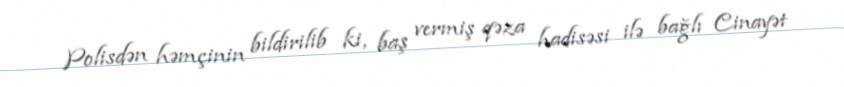
Polisdən həmçinin bildirilib ki, baş vermiş qəza hadisəsi ilə bağlı Cinayət